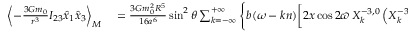
\begin{array} { r l } { \left\langle - \frac { 3 { \cal G } m _ { 0 } } { r ^ { 3 } } I _ { 2 3 } \hat { x } _ { 1 } \hat { x } _ { 3 } \right\rangle _ { M } } & { { } = \frac { 3 { \cal G } m _ { 0 } ^ { 2 } R ^ { 5 } } { 1 6 a ^ { 6 } } \sin ^ { 2 } \theta \sum _ { k = - \infty } ^ { + \infty } \Bigg \{ b ( \omega - k n ) \bigg [ 2 x \cos 2 \varpi \, X _ { k } ^ { - 3 , 0 } \left( X _ { k } ^ { - 3 , - 2 } - X _ { k } ^ { - 3 , 2 } \right) } \end{array}